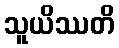
သူယိဿတိ